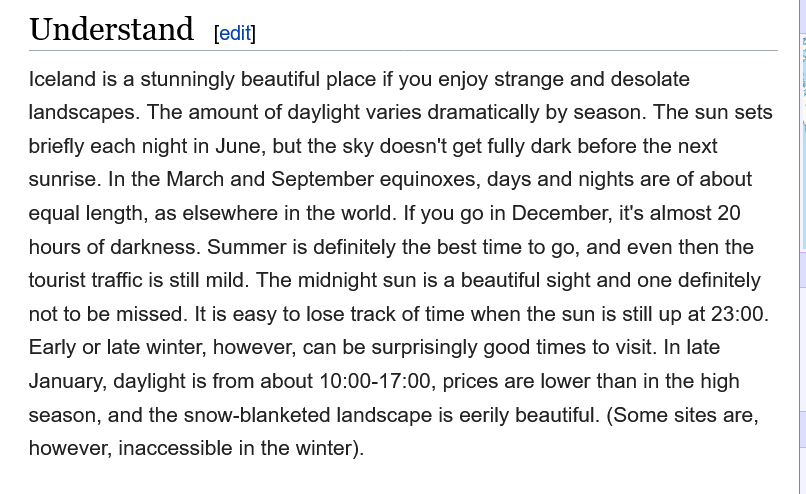
Understand
   Iceland is a stunningly beautiful place if you enjoy strange and desolate
   landscapes. The amount of daylight varies dramatically by season. The sun sets
   briefly each night in June, but the sky doesn't get fully dark before the next
   sunrise. In the March and September equinoxes, days and nights are of about
   equal length, as elsewhere in the world. If you go in December, it's almost 20
   hours of darkness. Summer is definitely the best time to go, and even then the
   tourist traffic is still mild. The midnight sun is a beautiful sight and one definitely
   not to be missed. It is easy to lose track of time when the sun is still up at 23:00.
   Early or late winter, however, can be surprisingly good times to visit. In late
   January, daylight is from about 10:00-17:00, prices are lower than in the high
   season, and the snow-blanketed landscape is eerily beautiful. (Some sites are,
   however, inaccessible in the winter).